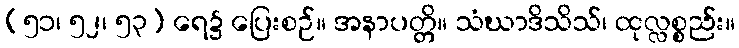
(၅၁၊ ၅၂၊ ၅၃) ရေ၌ ပြေးစဉ်။ အနာပတ္တိ။ သံဃာဒိသိသ်၊ ထုလ္လစ္စည်း။